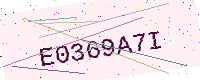
Text: E0369A7I